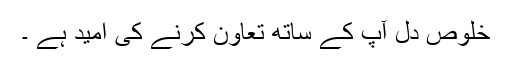
خلوص دل آپ کے ساتھ تعاون کرنے کی امید ہے ۔